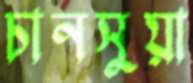
চানসুয়া